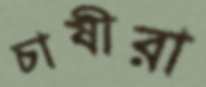
চাষীরা